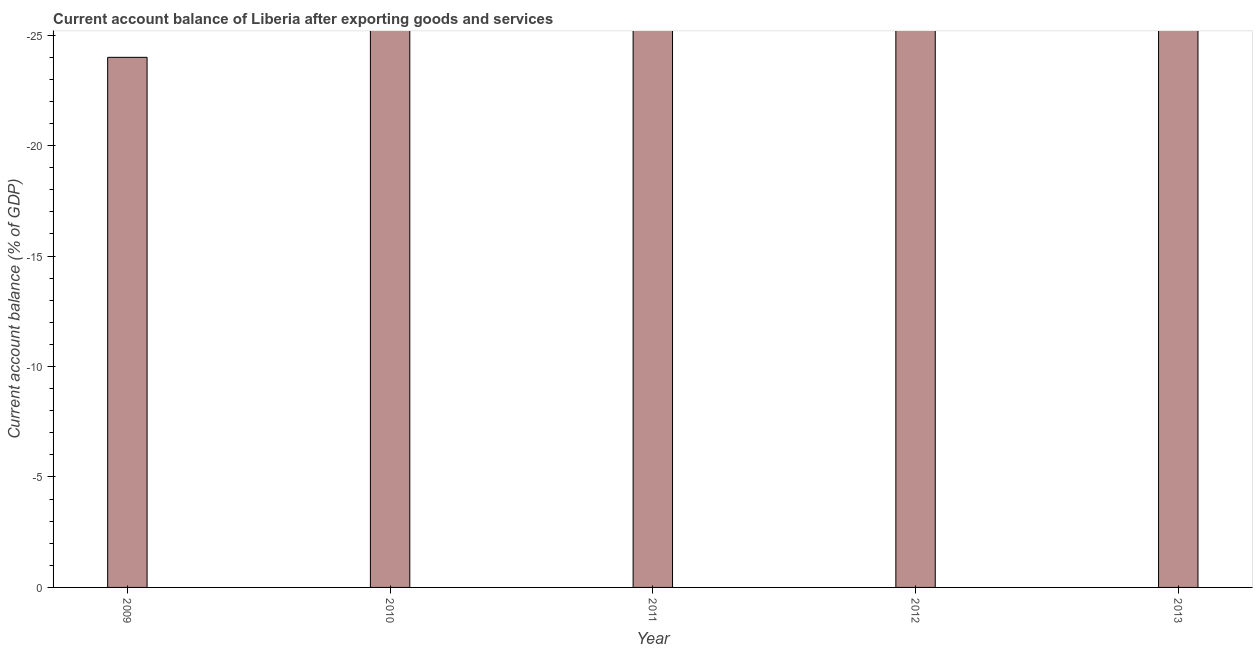
| Year | Current account balance |
 | --- | --- |
 | 2009 | -24 |
 | 2010 | -32.1 |
 | 2011 | -48.9 |
 | 2012 | -27.7 |
 | 2013 | -27.5 |